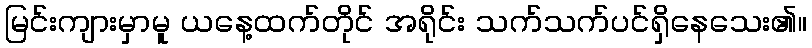
မြင်းကျားမှာမူ ယနေ့ထက်တိုင် အရိုင်း သက်သက်ပင်ရှိနေသေး၏။